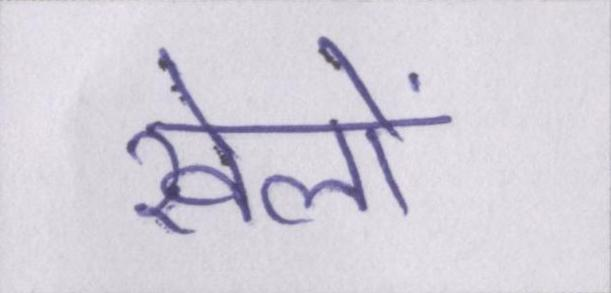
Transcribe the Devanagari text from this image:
खेलों